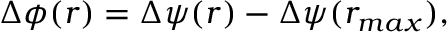
\Delta \phi ( r ) = \Delta \psi ( r ) - \Delta \psi ( r _ { m a x } ) ,